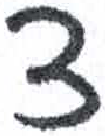
אות: צ